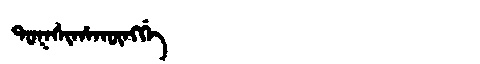
Manchu: ᡨᠣᡴᠰᡳᡥᠠᡴᡡᠩᡤᡝ
Romanization: TOKSIHAKŪNGGE